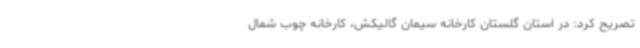
تصریح کرد: در استان گلستان کارخانه سیمان گالیکش، کارخانه چوب شمال